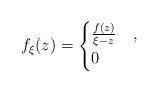
LaTeX: \begin{align*}f_\xi(z) = \begin{cases}\frac{f(z)}{\xi - z} & ,\\0 & \end{cases}\end{align*}